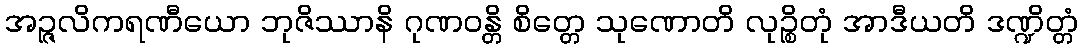
အဉ္ဇလိကရဏီယော ဘုဇိဿာနိ ဂုဏဝန္တိ စိတ္တေ သုဏောတိ လုဉ္စိတုံ အာဒီယတိ ဒဏ္ဍိတ္တံ